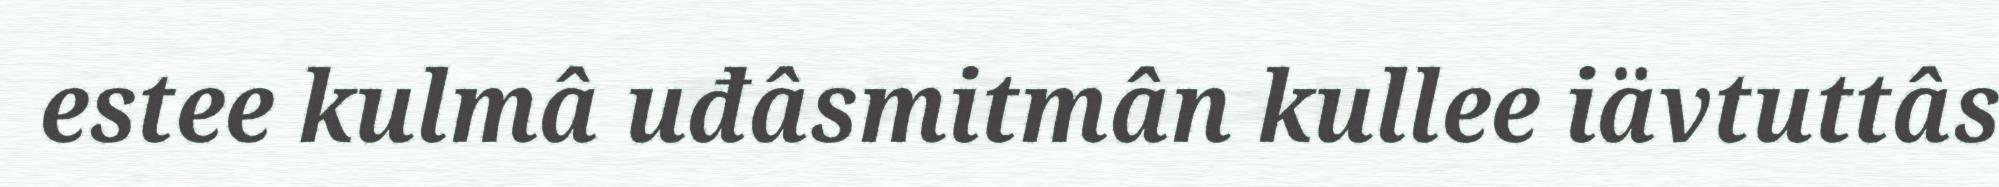
estee kulmâ uđâsmitmân kullee iävtuttâs